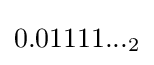
0.01111..._{2}